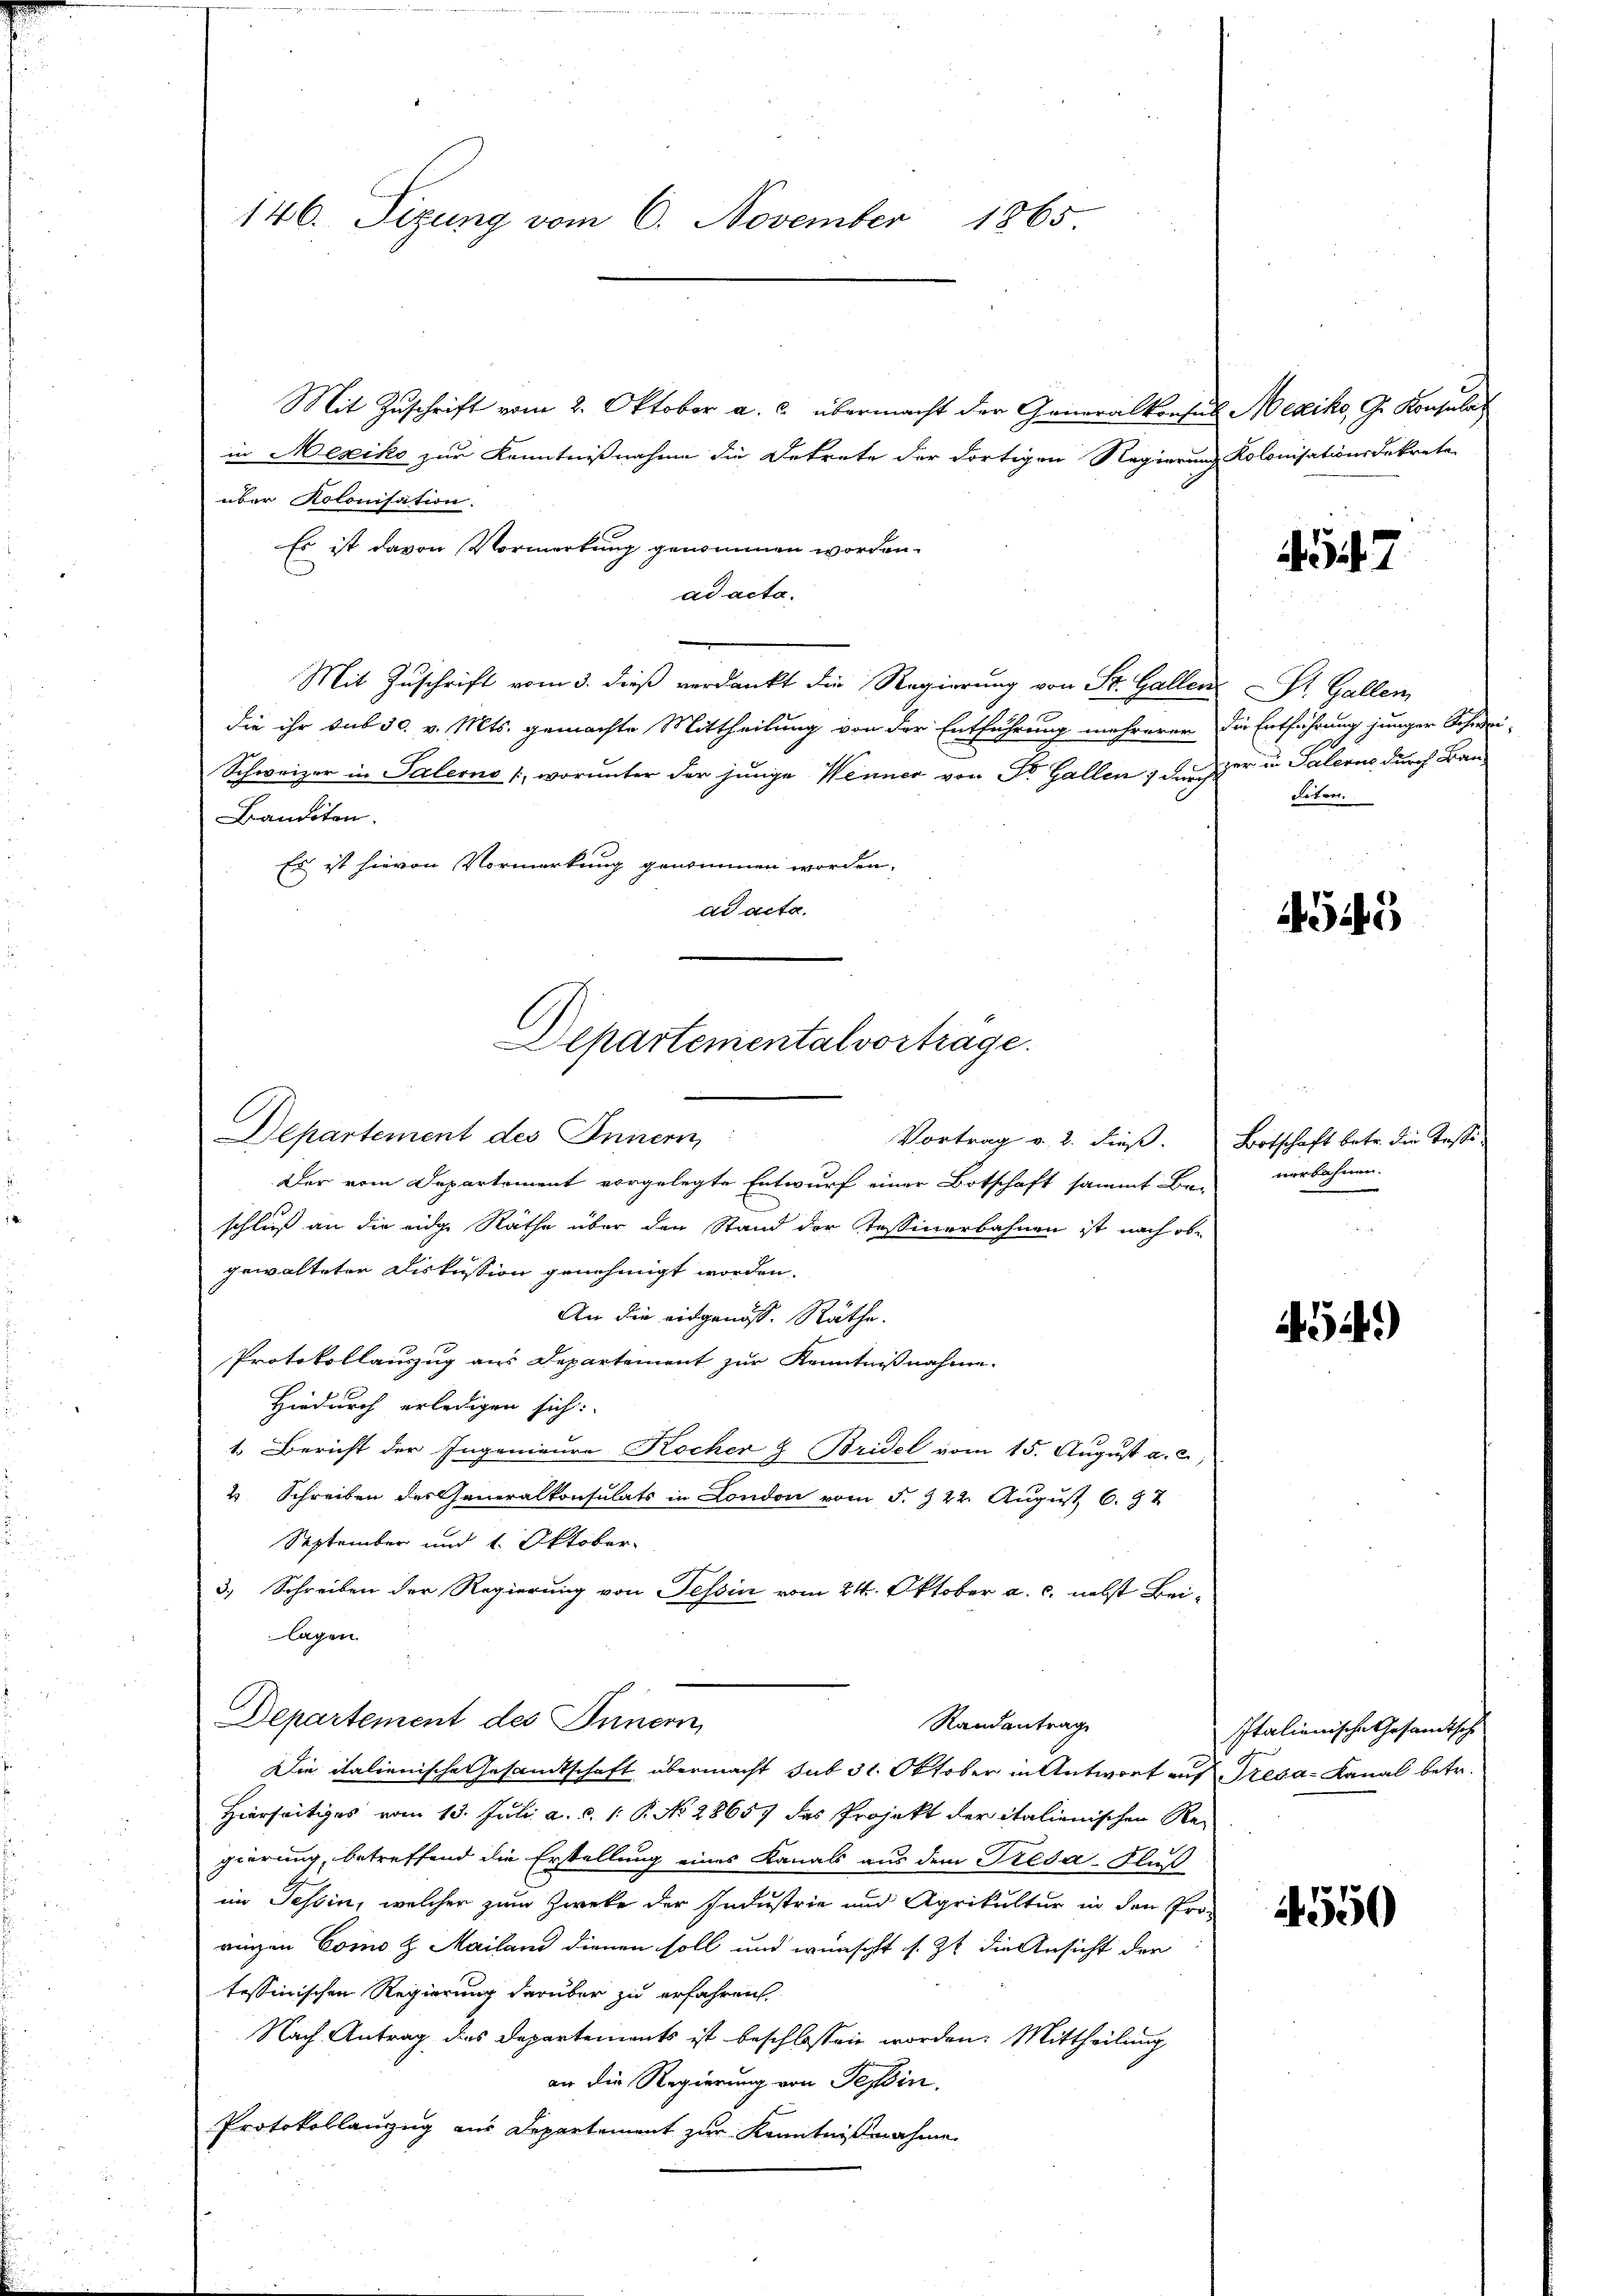
146. Sizung vom 6. November 1865

Mit Zuschrift vom 2. Oktober a. c. übermacht der Generalkonsus Mexiko, G. Konsula
in Mesiko zur Kenntnißnahme die Dekrete der dortigen Regierung Kolonisationsdekrete
über Kolonisation:
Es ist davon Vormerkung genommen worden.
ad acta.
Mit Zuschrift vom 3. dieß verdankt die Regierung von St. Gallen
die ihr sub 30. v. Mts. gemachte Mittheilung von der Entführung mehrerer die Entführung junger Schwei-
Schweizer in Palerne 1, worunter der junge Wenner von Dr. Gallen ; den er in Salern durch Bau¬
Banditen.
Es ist hievon Vormerkung genommen worden.
ad acta.

Departemental vortrage.

Vortrag v. 2. dieß.

Departement des Innern
Der vom Departement vorgelegte Entwurf einer Botschaft sammt Be-
schluß an die eidge Räthe über den Stand der Tessinerbahnen ist nach obgewalteter Diskussion genehmigt worden.
An die eidgenöss. Räthe.
Protokollauszug aus Departement zur Kenntnißnahme.
Hiedurch erledigen sich:
1. Bericht der Ingenieure Kocher & Bridel vom 15. August a. c.,
4 Schreiben des Generalkonsulats in London vom 5. & 22. August 6. 97
September und 1. Oktober-
3.) Schreiben der Regierung von Tessin vom 24. Oktober a. c. nebst Beilagen.
Departement des Innern,
Randantrag
Die italienische Gesandtschaft übermacht sub 31. Oktober in Antwort auf Tresa-Kanal betr.
Hierseitiges vom 13. Juli a. c. 1. P. No 28657 das Projekt der italienischen Regierung, betreffend die Erstellung eines Kanals aus dem Tresa-Fluß
im Tessin, welcher zum Zweke der Industrie und Agrikultur in den Proringen Como H. Mailand dienen soll und wünscht s. Zt. die Ansicht der
tessinischen Regierung darüber zu erfahren.
Nach Antrag des Departements ist beschlossen worden: Mittheilung
an die Regierung von Tessin.
Protokollanzug aus Departement zur Kenntnißnahme

4347

St. Gallen
diten.

4545

Botschaft betr. die Tessinerbahnen.

454)

Italienische Gesandtsche

1550